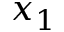
x _ { 1 }